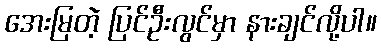
အေးမြတဲ့ ပြင်ဦးလွင်မှာ နားချင်လို့ပါ။